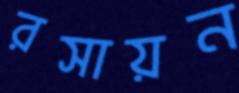
রসায়ন